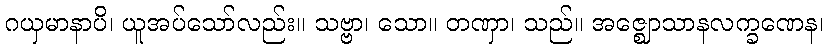
ဂယှမာနာပိ၊ ယူအပ်သော်လည်း။ သဗ္ဗာ၊ သော။ တဏှာ၊ သည်။ အဇ္ဈောသာနလက္ခဏေန၊